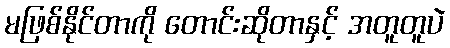
မဖြစ်နိုင်တာကို တောင်းဆိုတာနှင့် အတူတူပဲ